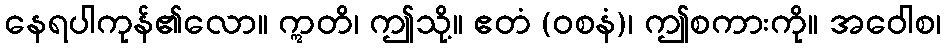
နေရပါကုန်၏လော။ ဣတိ၊ ဤသို့။ ဧတံ (ဝစနံ)၊ ဤစကားကို။ အဝေါစ၊